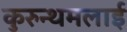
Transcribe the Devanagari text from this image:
कुरुन्थमलाई